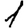
Digit: 1